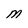
Character: M